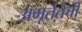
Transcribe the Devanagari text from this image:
अमूर्ततेची